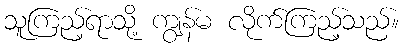
သူကြည့်ရာသို့ ကျွန်မ လိုက်ကြည့်သည်။